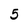
Character: 5